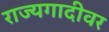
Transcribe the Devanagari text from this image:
राज्यगादीवर